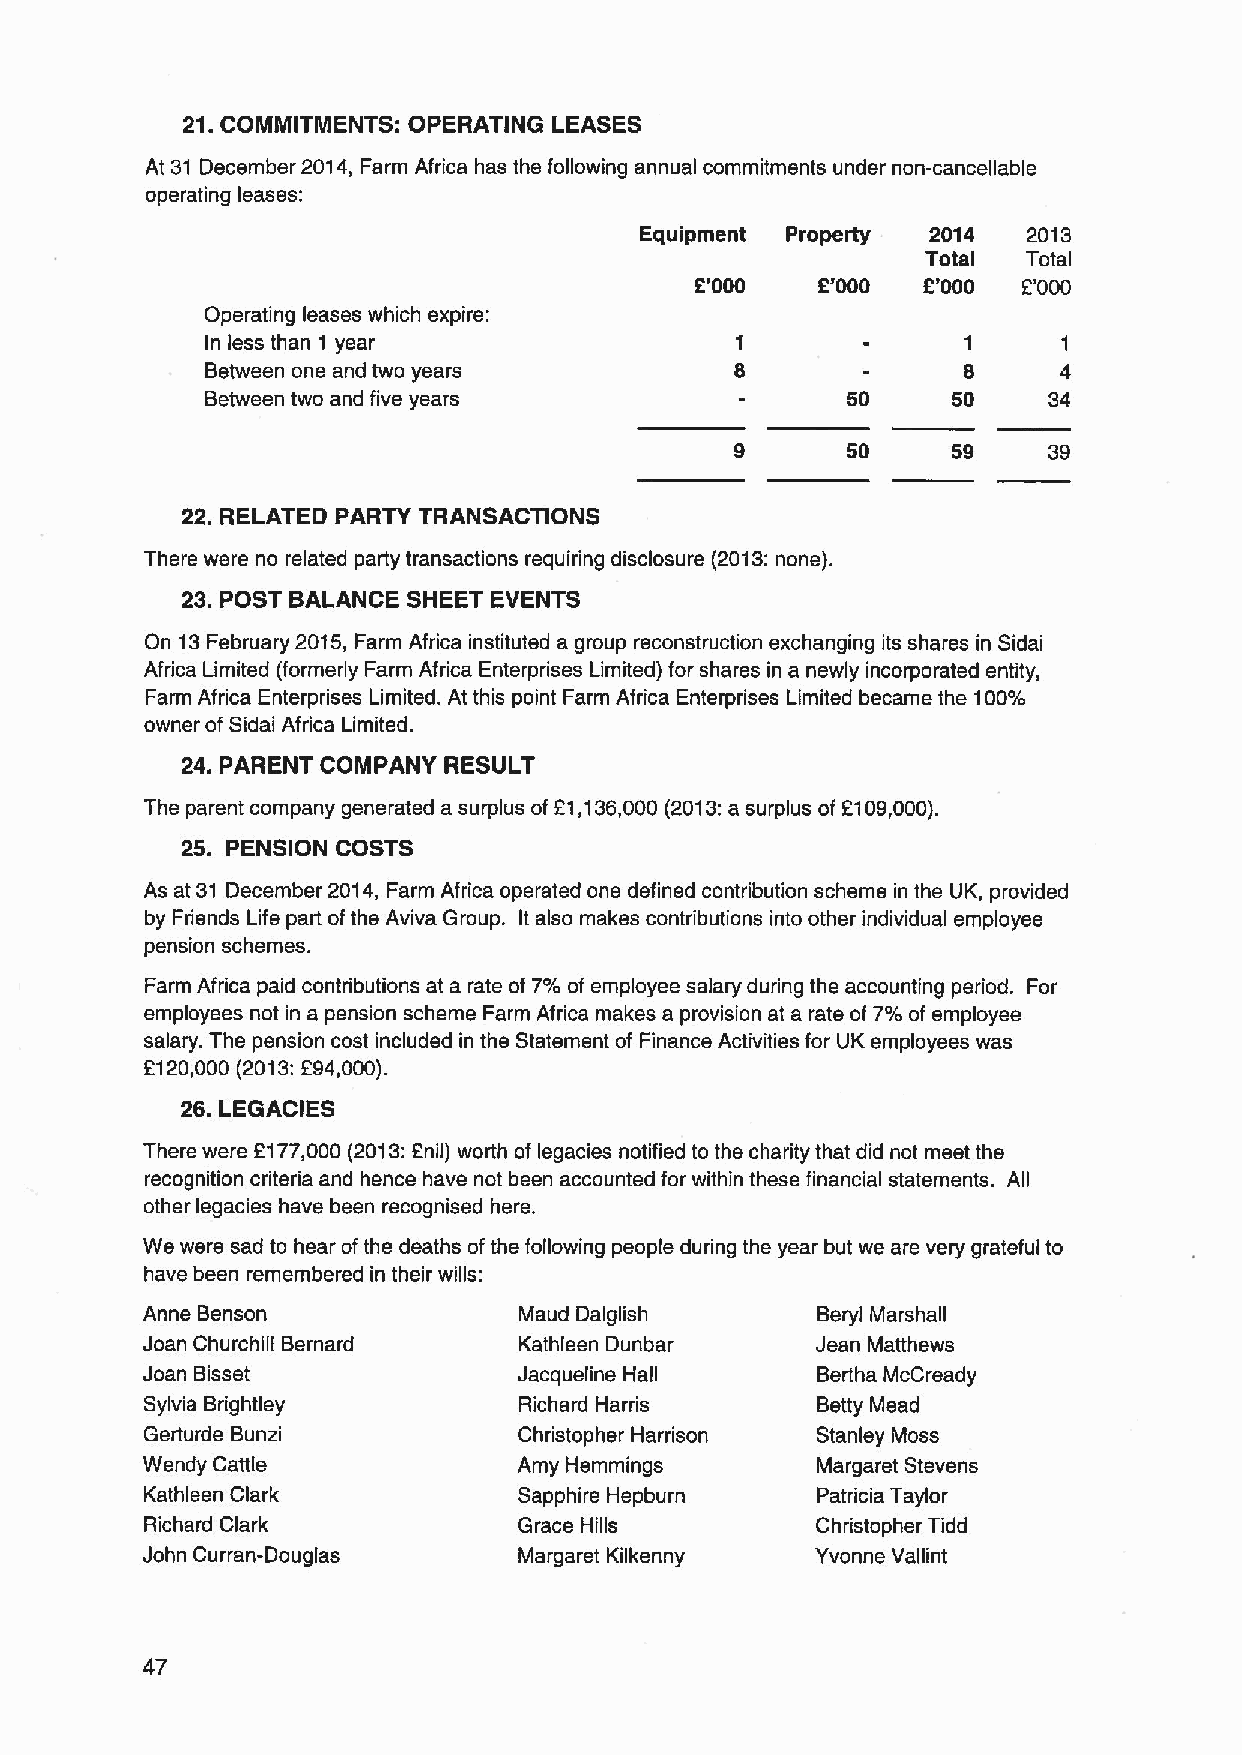
21.COMMITMENTS: OPERATING LEASES
 At 31 December 2014, Farm Africa has the following annual commitments under non-cancellable
 operating leases:
 Equipment Property  2014  2013
 Total  Total
 2'000   2'000  2'000  2'000
 Operating leases which expire:
 In less than 1 year                               1     1
 Between one and two years                         8     4
 Between two and five years                50     50    34
 9      50     59    39
 22. RELATED PARTY TRANSACTIONS
 There were no related party transactions requiring disclosure (2013:none).
 23.POST BALANCE SHEET EVENTS
 On 13February 2015,Farm Africa instituted a group reconstruction exchanging its shares in Sidai
 Africa Limited (formerly Farm Africa Enterprises Limited) for shares in a newly incorporated entity,
 Farm Africa Enterprises Limited. At this point Farm Africa Enterprises Limited became the 100/,
 owner of Sidai Africa Limited.
 24. PARENT COMPANY RESULT
 The parent company generated a surplus of21,136,000 (2013:a surplus of 2109,000).
 25. PENSION COSTS
 As at 31 December 2014, Farm Africa operated one defined contribution scheme in the UK, provided
 by Friends Life part ofthe Aviva Group. It also makes contributions into other individual employee
 pension schemes.
 Farm Africa paid contributions at a rate of 7'/o of employee salary during the accounting period. For
 employees not in a pension scheme Farm Africa makes a provision at a rate of 7/o of employee
 salary. The pension cost included in the Statement of Finance Activities for UK employees was
 2120,000 (2013:294,000).
 26.LEGACIES
 There were 2177,000 (2013:En(i) worth of legacies notified to the charity that did not meet the
 recognition criteria and hence have not been accounted for within these financial statements. All
 other legacies have been recognised here.
 We were sad to hear ofthe deaths ofthe following people during the year but we are very grateful to
 have been remembered in their wills:
 Anne Benson              Maud Dalglish       Beryl Marshall
 Joan Churchill Bernard   Kathleen Dunbar     Jean Matthews
 Joan Bisset              Jacqueline Hall     Bertha McCready
 Sylvia Brightley        Richard Harris      Betty Mead
 Gerturde Bunzi          Christopher Harrison Stanley Moss
 Wendy Cattle             Amy Hemmings        Margaret Stevens
 Kathleen Clark          Sapphire Hepburn    Patricia Taylor
 Richard Clark           Grace Hills         Christopher Tidd
 John Curran-Douglas      Margaret Kilkenny   Yvonne Vallint
 47